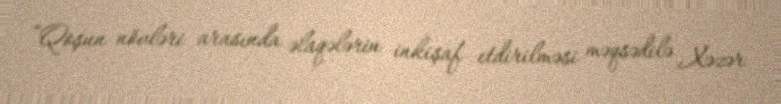
“Qoşun növləri arasında əlaqələrin inkişaf etdirilməsi məqsədilə Xəzər